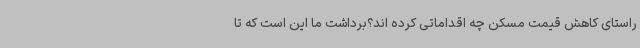
راستای کاهش قیمت مسکن چه اقداماتی کرده اند؟برداشت ما این است که تا